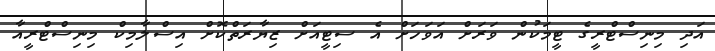
އަދި މިނިސްޓްރީގެ ޓީމަކުން ވަރަށް އަވަހަށް އެ ސިޓީއަށް ޒިޔާރަތްކޮށް އިސްލާމިކް މިނިސްޓްރީއާ